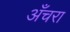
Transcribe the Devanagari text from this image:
अँचरा